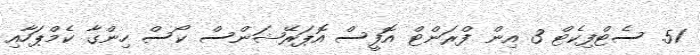
51. ސެޓްފިކެޓް 3 އިން ފްރަންޓް އޮފީސް އޮޕަރޭޝަންސް ކޯސް ހިންގާ ކެމްޕަހާއި